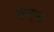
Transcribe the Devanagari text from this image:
पेन्ट्‌स